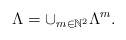
\begin{align*}\Lambda = \cup_{m\in \mathbb{N}^2} \Lambda^m. \end{align*}